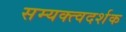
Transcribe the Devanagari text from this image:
सम्यक्त्वदर्शक